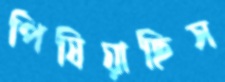
পিষিয়াছিস